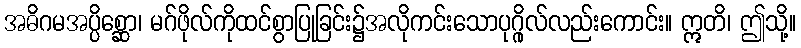
အဓိဂမအပ္ပိစ္ဆော၊ မဂ်ဖိုလ်ကိုထင်စွာပြုခြင်း၌အလိုကင်းသောပုဂ္ဂိုလ်လည်းကောင်း။ ဣတိ၊ ဤသို့။